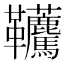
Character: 𩎐